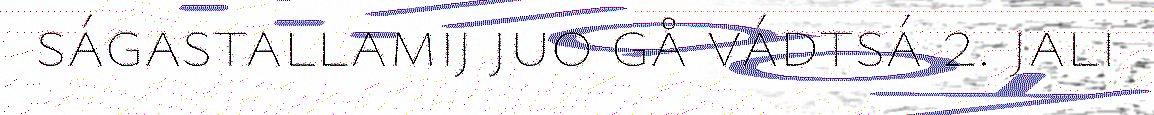
ságastallamij juo gå vádtsá 2. jali